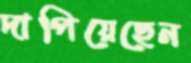
দাপিয়েছেন